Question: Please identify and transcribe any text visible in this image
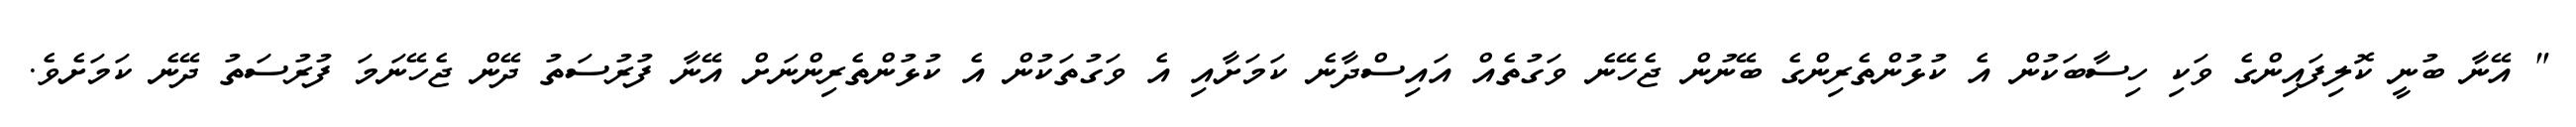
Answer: " އޭނާ ބުނީ ކޮލިފައިންގެ ވަކި ހިސާބަކުން އެ ކުޅުންތެރިންގެ ބޭނުން ޖެހޭނެ ވަގުތެއް އައިސްދާނެ ކަމަށާއި އެ ވަގުތަކުން އެ ކުޅުންތެރިންނަށް އޭނާ ފުރުސަތު ދޭން ޖެހޭނަމަ ފުރުސަތު ދޭނެ ކަމަށެވެ.